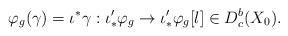
LaTeX: \begin{align*}\varphi_g(\gamma) = \iota^*\gamma: \iota'_*\varphi_g \to \iota'_*\varphi_g[l] \in D^b_c(X_0). \end{align*}